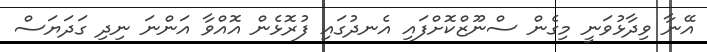
އޭނާ ވިދާޅުވަނީ މިގެން ސްނޫޒްކޮށްފައި އެނދުގައި ފުރޮޅެން އޮއްވާ އަންނަ ނިދި ގަދަޔަސް